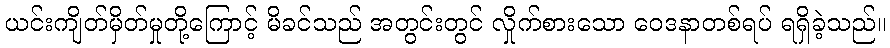
ယင်းကျိတ်မှိတ်မှုတို့ကြောင့် မိခင်သည် အတွင်းတွင် လှိုက်စားသော ဝေဒနာတစ်ရပ် ရရှိခဲ့သည်။